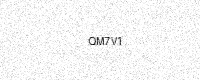
Text: QM7V1